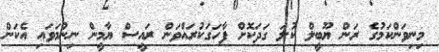
މިނިިވަންކަމުގެ ރަން ޔޫބީލް ކުލަ ގަދަކޮށް ފާހަގަކުރައްވަން ރައީސް ޔާމީން ނިންމަވައި އެކަން